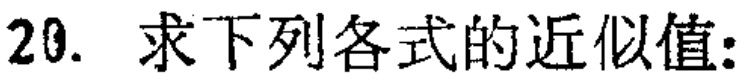
20. 求下列各式的近似值: